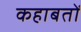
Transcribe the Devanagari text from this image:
कहाबतों